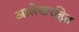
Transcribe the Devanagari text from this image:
आलेखरहित